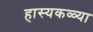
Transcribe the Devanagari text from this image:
हास्यकळ्या